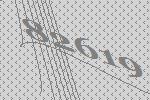
82619